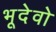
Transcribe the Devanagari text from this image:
भूदेवो